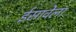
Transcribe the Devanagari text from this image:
ईसावेला